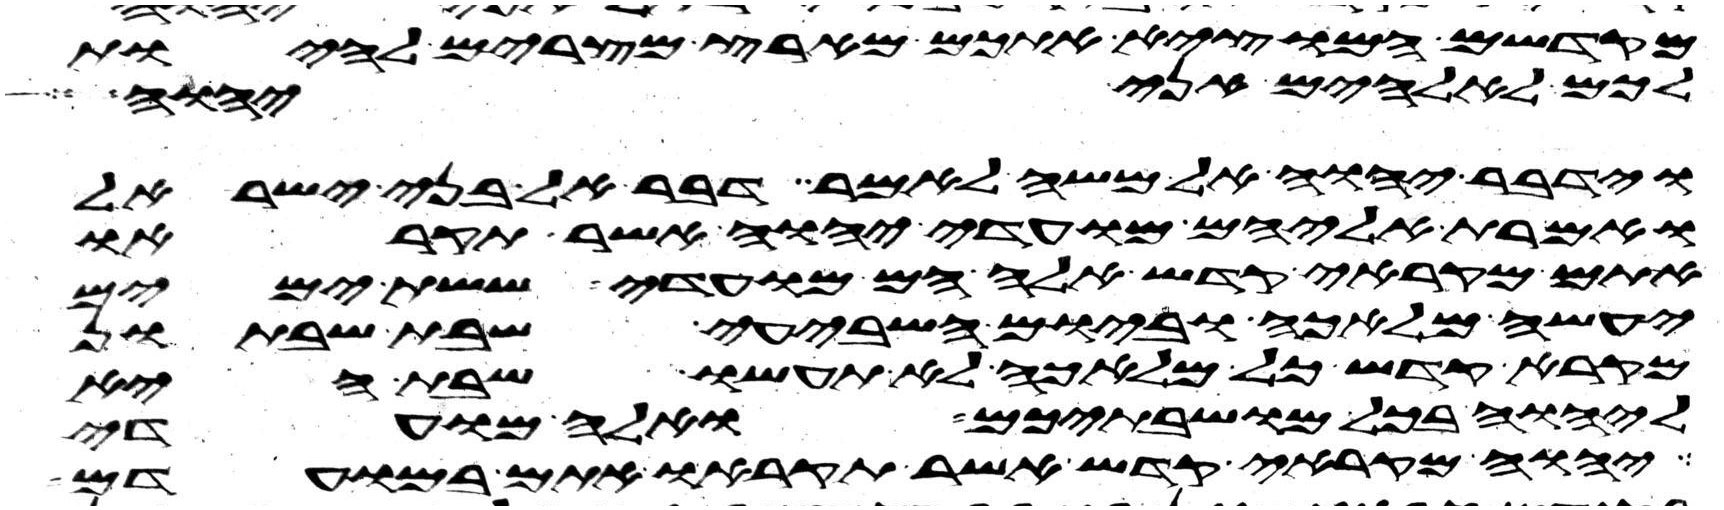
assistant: מקדשם המוצא אתכם מארץ מצרים להיות
לכם לאלהים אני יהוה
וידבר יהוה אל משה לאמר דבר אל בני ישראל
ואמרת אליהם מועדי יהוה אשר תקראו
אתם מקראי קדש אלה הם מועדי ששת ימים
יעשה מלאכה וביום השביעי שבת שבתון
מקרא קדש כל מלאכה לא תעשו שבת היא
ליהוה בכל מושבתיכם ואלה מועדי
יהוה מקראי קדש אשר תקראו אתם במועדם